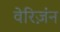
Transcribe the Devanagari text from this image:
वेरिज़ंन